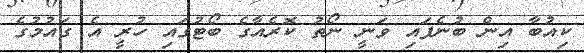
ކިއުބާ އިން ބުނެފައި ވަނީ ނޯތު ކޮރެއާގެ ބޯޓުގައި ހުރީ އެ ގައުމުގެ